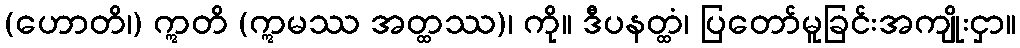
(ဟောတိ၊) ဣတိ (ဣမဿ အတ္ထဿ)၊ ကို။ ဒီပနတ္ထံ၊ ပြတော်မူခြင်းအကျိုးငှာ။